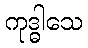
ကုဒ္ဓါသေ